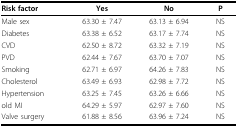
| Risk factor | Yes | No | P |
 | --- | --- | --- | --- |
 | Male sex | 63.30 ± 7.47 | 63.13 ± 6.94 | NS |
 | Diabetes | 63.38 ± 6.52 | 63.17 ± 7.74 | NS |
 | CVD | 62.50 ± 8.72 | 63.32 ± 7.19 | NS |
 | PVD | 62.44 ± 7.67 | 63.70 ± 7.07 | NS |
 | Smoking | 62.71 ± 6.97 | 64.26 ± 7.83 | NS |
 | Cholesterol | 63.49 ± 6.93 | 62.98 ± 7.72 | NS |
 | Hypertension | 63.25 ± 7.45 | 63.26 ± 6.66 | NS |
 | old MI | 64.29 ± 5.97 | 62.97 ± 7.60 | NS |
 | Valve surgery | 61.88 ± 8.56 | 63.96 ± 7.24 | NS |